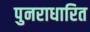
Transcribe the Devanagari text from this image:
पुनराधारित